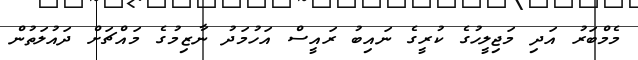
މެމްބަރު އަދި މަޖިލީހުގެ ކުރީގެ ނައިބު ރައީސް އަހުމަދު ނާޒިމުގެ މައްޗަށް ދައުލަތުން